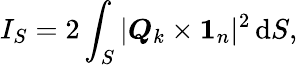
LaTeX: I_{S}=2\int_{S}|\boldsymbol{Q}_{k}\times\boldsymbol{1}_{n}|^{2}\, \mathrm{d}S,